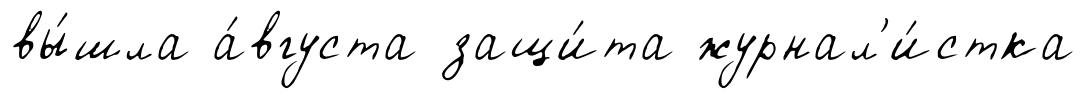
вы́шла а́вгуста защи́та журнал'и́стка